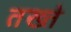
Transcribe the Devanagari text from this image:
तख्‍ते